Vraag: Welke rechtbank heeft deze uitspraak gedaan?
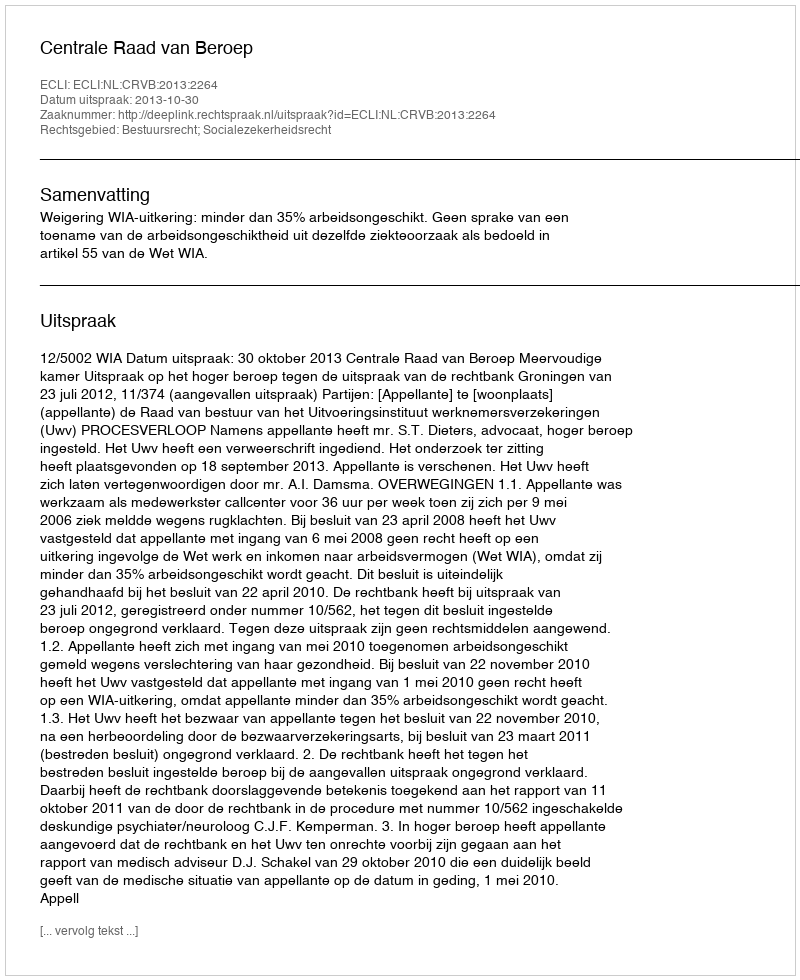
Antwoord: Centrale Raad van Beroep